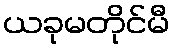
ယခုမတိုင်မီ